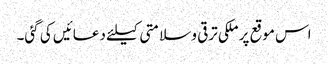
اس موقع پر ملکی ترقی و سلامتی کیلئے دعائیں کی گئی۔